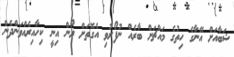
ޝަބާއަށް އޭނާގެ ހިތުގެ މައްޗަށް ބާރެއް ނުފޯރުވި އެގޮތަށް ރޯން އިނީ ކިހާއިރެއްވަންދެން